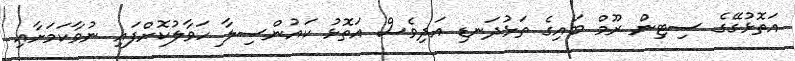
އަތޮޅުގޭގެ ސިޓިން ރޫމް ބައިގެ ތަޅުދަނޑި އަދިވެސް އަތޮޅު ކައުންސިލާ ހަވާލުކޮށްފައި ނުވާކަމަށާއި